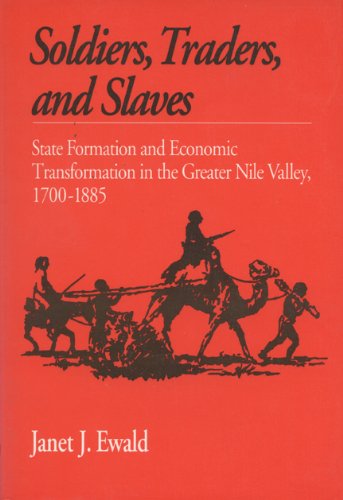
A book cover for Soldiers Traders and Slaves: State Formation and Economic Transformation in the Greater Nile Valley, 1700-1885; Janet J. Ewald; History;